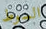
السوط